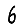
Digit: 6